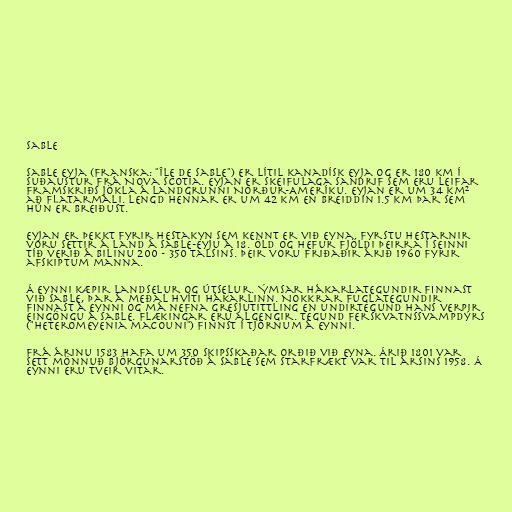
Sable

Sable eyja (Franska: "île de Sable") er lítil kanadísk eyja og er 180 km í
suðaustur frá Nova Scotia. Eyjan er skeifulaga sandrif sem eru leifar
framskriðs jökla á landgrunni Norður-Ameríku. Eyjan er um 34 km²
að flatarmáli. Lengd hennar er um 42 km en breiddin 1.5 km þar sem
hún er breiðust.

Eyjan er þekkt fyrir hestakyn sem kennt er við eyna. Fyrstu hestarnir
voru settir á land á Sable-eyju á 18. öld og hefur fjöldi þeirra í seinni
tíð verið á bilinu 200 - 350 talsins. Þeir voru friðaðir árið 1960 fyrir
afskiptum manna.

Á eynni kæpir landselur og útselur. Ýmsar hákarlategundir finnast
við Sable, þar á meðal Hvíti hákarlinn. Nokkrar fuglategundir
finnast á eynni og má nefna gresjutittling en undirtegund hans verpir
eingöngu á Sable. Flækingar eru algengir. Tegund ferskvatnssvampdýrs
("Heteromeyenia macouni") finnst í tjörnum á eynni.

Frá árinu 1583 hafa um 350 skipsskaðar orðið við eyna. Árið 1801 var
sett mönnuð björgunarstöð á Sable sem starfrækt var til ársins 1958. Á
eynni eru tveir vitar.